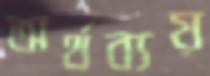
অর্থব্যয়